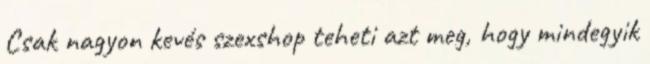
Csak nagyon kevés szexshop teheti azt meg, hogy mindegyik